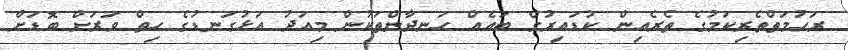
ރަހުމަތްތެރިކަމުގެ ތެރެއިން ކުޑައިރުގެ ބައެއް ހަނދާންތަކުން މިއަދު އަޅުގަނޑުގެ ހިތް ވަރަށް ބޮޑަށް